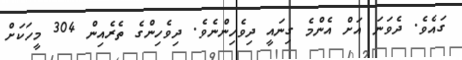
ގައެވެ. ދެވަނަ އަށް އެންމެ ގިނައީ ދިވެހިންނެވެ. ދިވެހިންގެ ތެރެއިން 304 މީހަކަށް